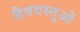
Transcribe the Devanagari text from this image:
जैववस्तुओं